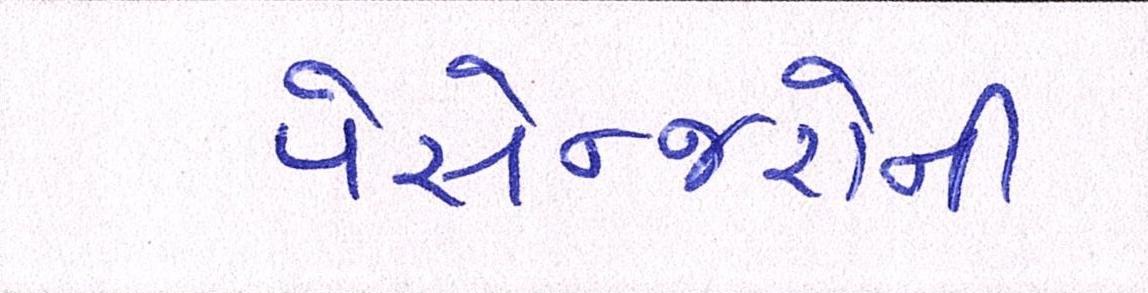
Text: પેસેન્જરોની